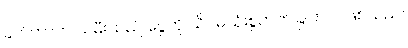
ခက်တာက သမီးသည် ငွေကို သိပ်မသုံးစွဲတတ်ခြင်းပင် ဖြစ်သည်။